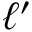
\ell ^ { \prime }